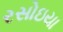
રસોઇયા